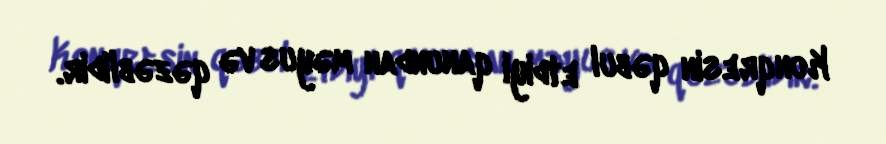
Konqresin qəbul etdiyi qanundan məyus və qəzəblidir.